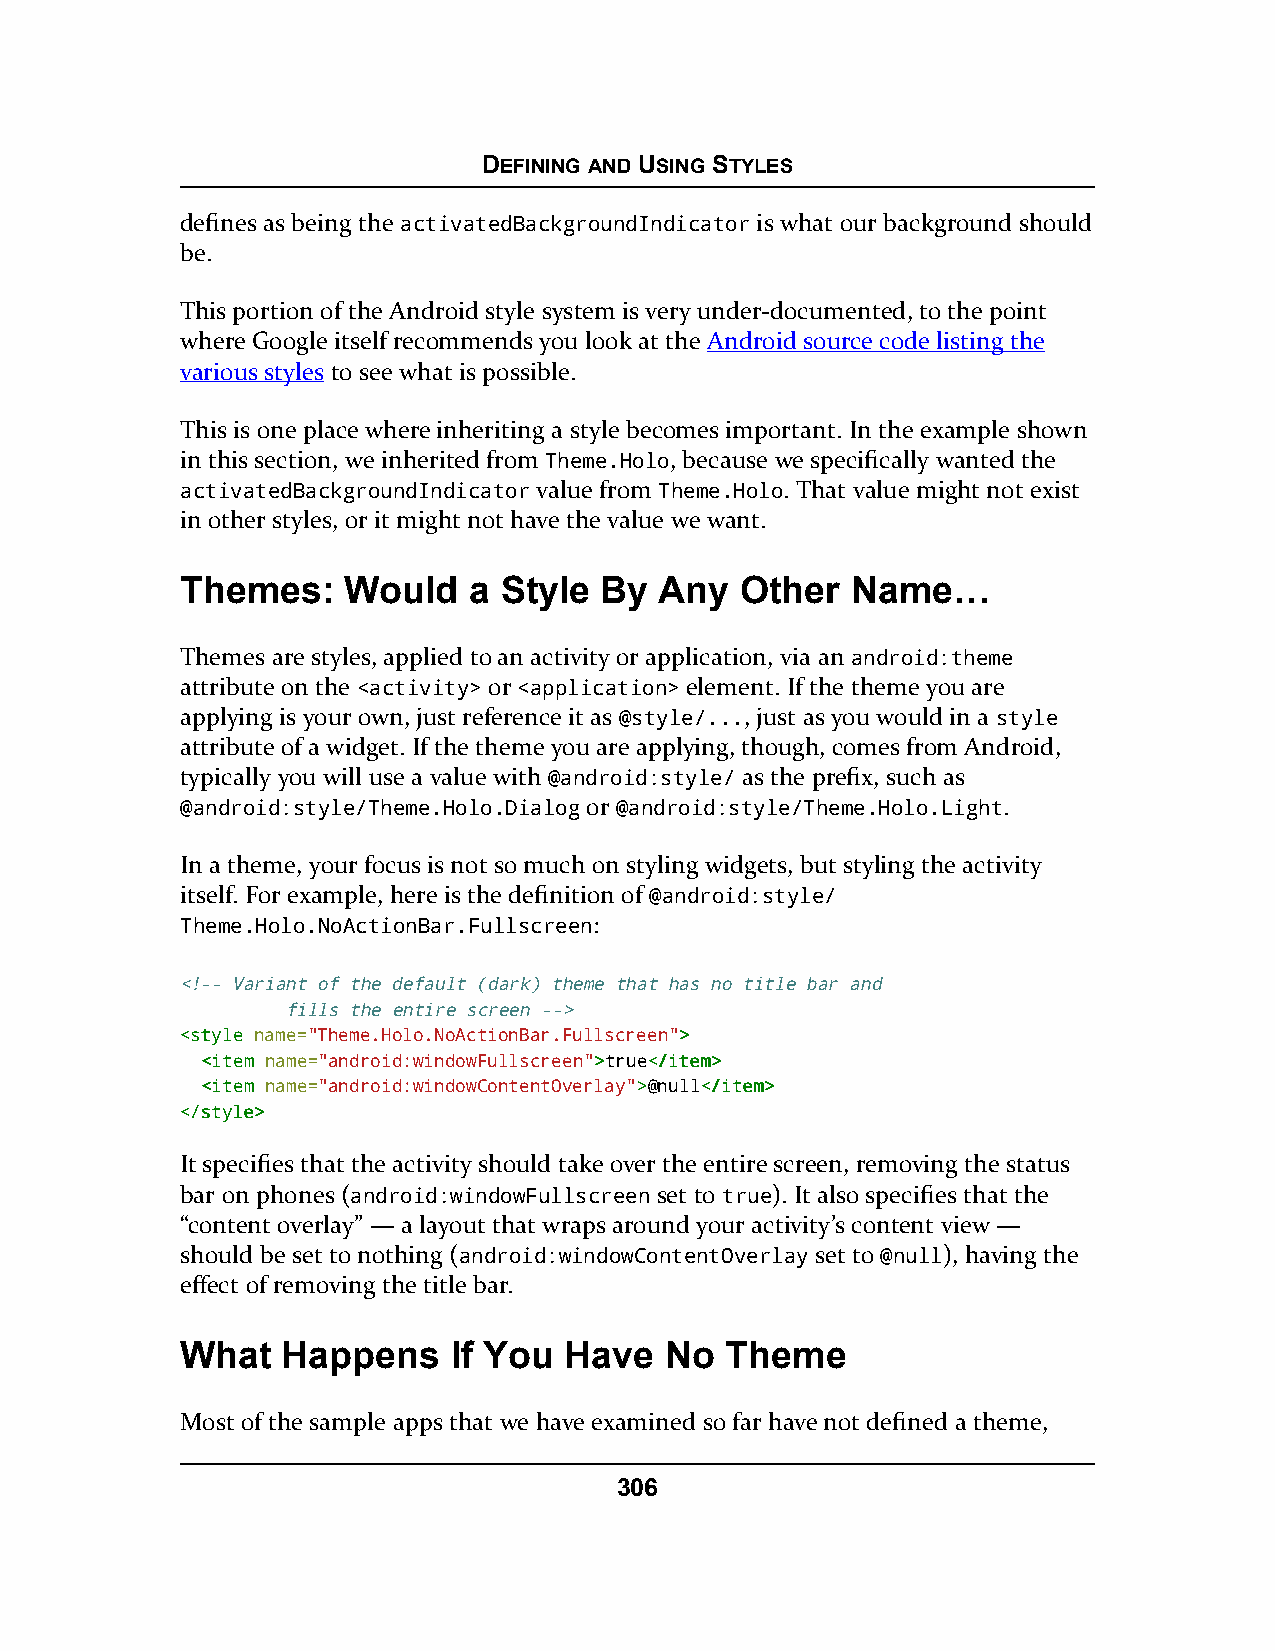
DEFINING AND USING STYLES
 defines as being the activatedBackgroundIndicator is what our background should
 be.
 This portion of the Android style system is very under-documented, to the point
 where Google itself recommends you look at the Android source code listing the
 various styles to see what is possible.
 This is one place where inheriting a style becomes important. In the example shown
 in this section, we inherited from Theme.Holo, because we specifically wanted the
 activatedBackgroundIndicator value from Theme.Holo. That value might not exist
 in other styles, or it might not have the value we want.
 Themes:    Would   a Style  By  Any  Other  Name…
 Themes are styles, applied to an activity or application, via an android:theme
 attribute on the <activity> or <application> element. If the theme you are
 applying is your own, just reference it as @style/..., just as you would in a style
 attribute of a widget. If the theme you are applying, though, comes from Android,
 typically you will use a value with @android:style/ as the prefix, such as
 @android:style/Theme.Holo.Dialog or @android:style/Theme.Holo.Light.
 In a theme, your focus is not so much on styling widgets, but styling the activity
 itself. For example, here is the definition of @android:style/
 Theme.Holo.NoActionBar.Fullscreen:
 <!-- Variant of the default (dark) theme that has no title bar and
 fills the entire screen -->
 <<ssttyyllee name="Theme.Holo.NoActionBar.Fullscreen">>
 <<iitteemm name="android:windowFullscreen">>true<<//iitteemm>>
 <<iitteemm name="android:windowContentOverlay">>@null<<//iitteemm>>
 <<//ssttyyllee>>
 It specifies that the activity should take over the entire screen, removing the status
 bar on phones (android:windowFullscreen set to true). It also specifies that the
 “content overlay” — a layout that wraps around your activity’s content view —
 should be set to nothing (android:windowContentOverlay set to @null), having the
 effect of removing the title bar.
 What   Happens    If You Have   No  Theme
 Most of the sample apps that we have examined so far have not defined a theme,
 306